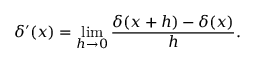
\delta ^ { \prime } ( x ) = \operatorname* { l i m } _ { h \to 0 } { \frac { \delta ( x + h ) - \delta ( x ) } { h } } .